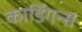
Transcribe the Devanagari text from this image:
कार्डिगन्स